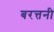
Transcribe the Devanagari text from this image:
बरत्तनी